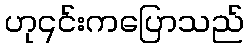
ဟု၎င်းကပြောသည်